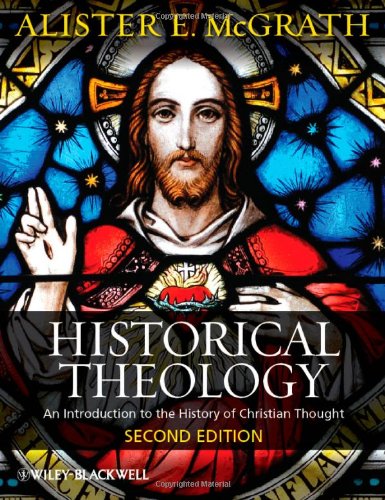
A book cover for Historical Theology: An Introduction to the History of Christian Thought; Alister E. McGrath; Christian Books & Bibles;